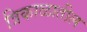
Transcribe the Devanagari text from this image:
त्रिकाळातील